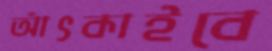
আঁৎকাইবে